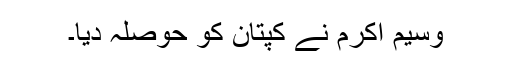
وسیم اکرم نے کپتان کو حوصلہ دیا۔